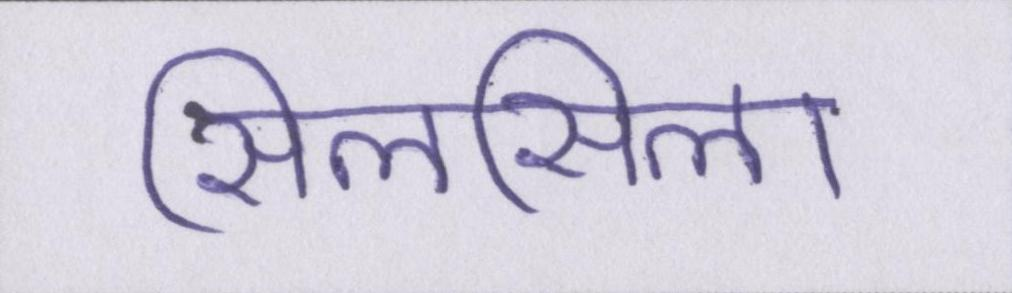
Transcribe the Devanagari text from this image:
सिलसिला